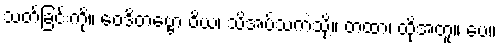
သတ်ခြင်းကို။ ဝေဒိတဗ္ဗော ဝိယ၊ သိအပ်သကဲ့သို့။ တထာ၊ ထို့အတူ။ ပေ။